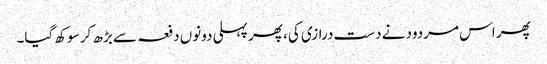
پھر اس مردود نے دست درازی کی، پھر پہلی دونوں دفعہ سے بڑھ کر سوکھ گیا۔